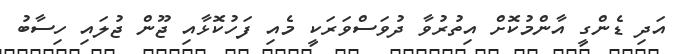
އަދި ޑެންގީ އާންމުކޮށް އިތުރުވާ ދުވަސްވަރަކީ މެއި ފަހުކޮޅާއި ޖޫން ޖުލައި ހިސާބު